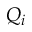
Q _ { i }